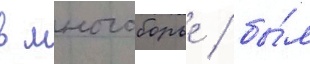
в многоборье / бы́л